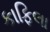
કાફિલા